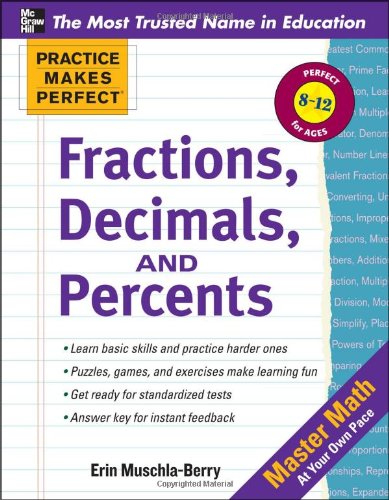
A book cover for Practice Makes Perfect: Fractions, Decimals, and Percents (Practice Makes Perfect Series); Erin Muschla; Science & Math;